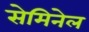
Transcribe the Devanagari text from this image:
सेमिनेल